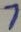
Text: 7